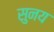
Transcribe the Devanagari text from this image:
सुनय